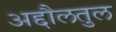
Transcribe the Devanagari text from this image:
अद्दौलतुल